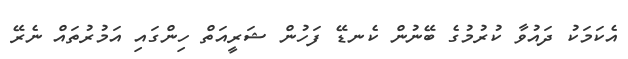
އެކަމަކު ދައުވާ ކުރުމުގެ ބޭނުން ކެނޑޭ ފަހުން ޝަރީއަތް ހިންގައި އަމުރުތައް ނެރޭ